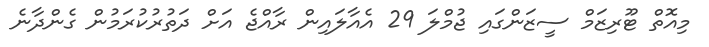
މިއޮތް ޓޫރިޒަމް ސީޒަންގައި ޖުމްލަ 29 އެއާލައިން ރާއްޖެ އަށް ދަތުރުކުރަމުން ގެންދާނެ